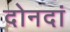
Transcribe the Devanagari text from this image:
दोनदां